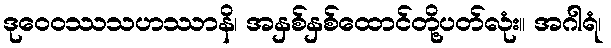
ဒုဝေဝဿသဟဿာနိ၊ အနှစ်နှစ်ထောင်တို့ပတ်လုံး။ အဂါရံ၊